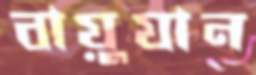
বায়ুযান